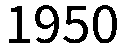
1950